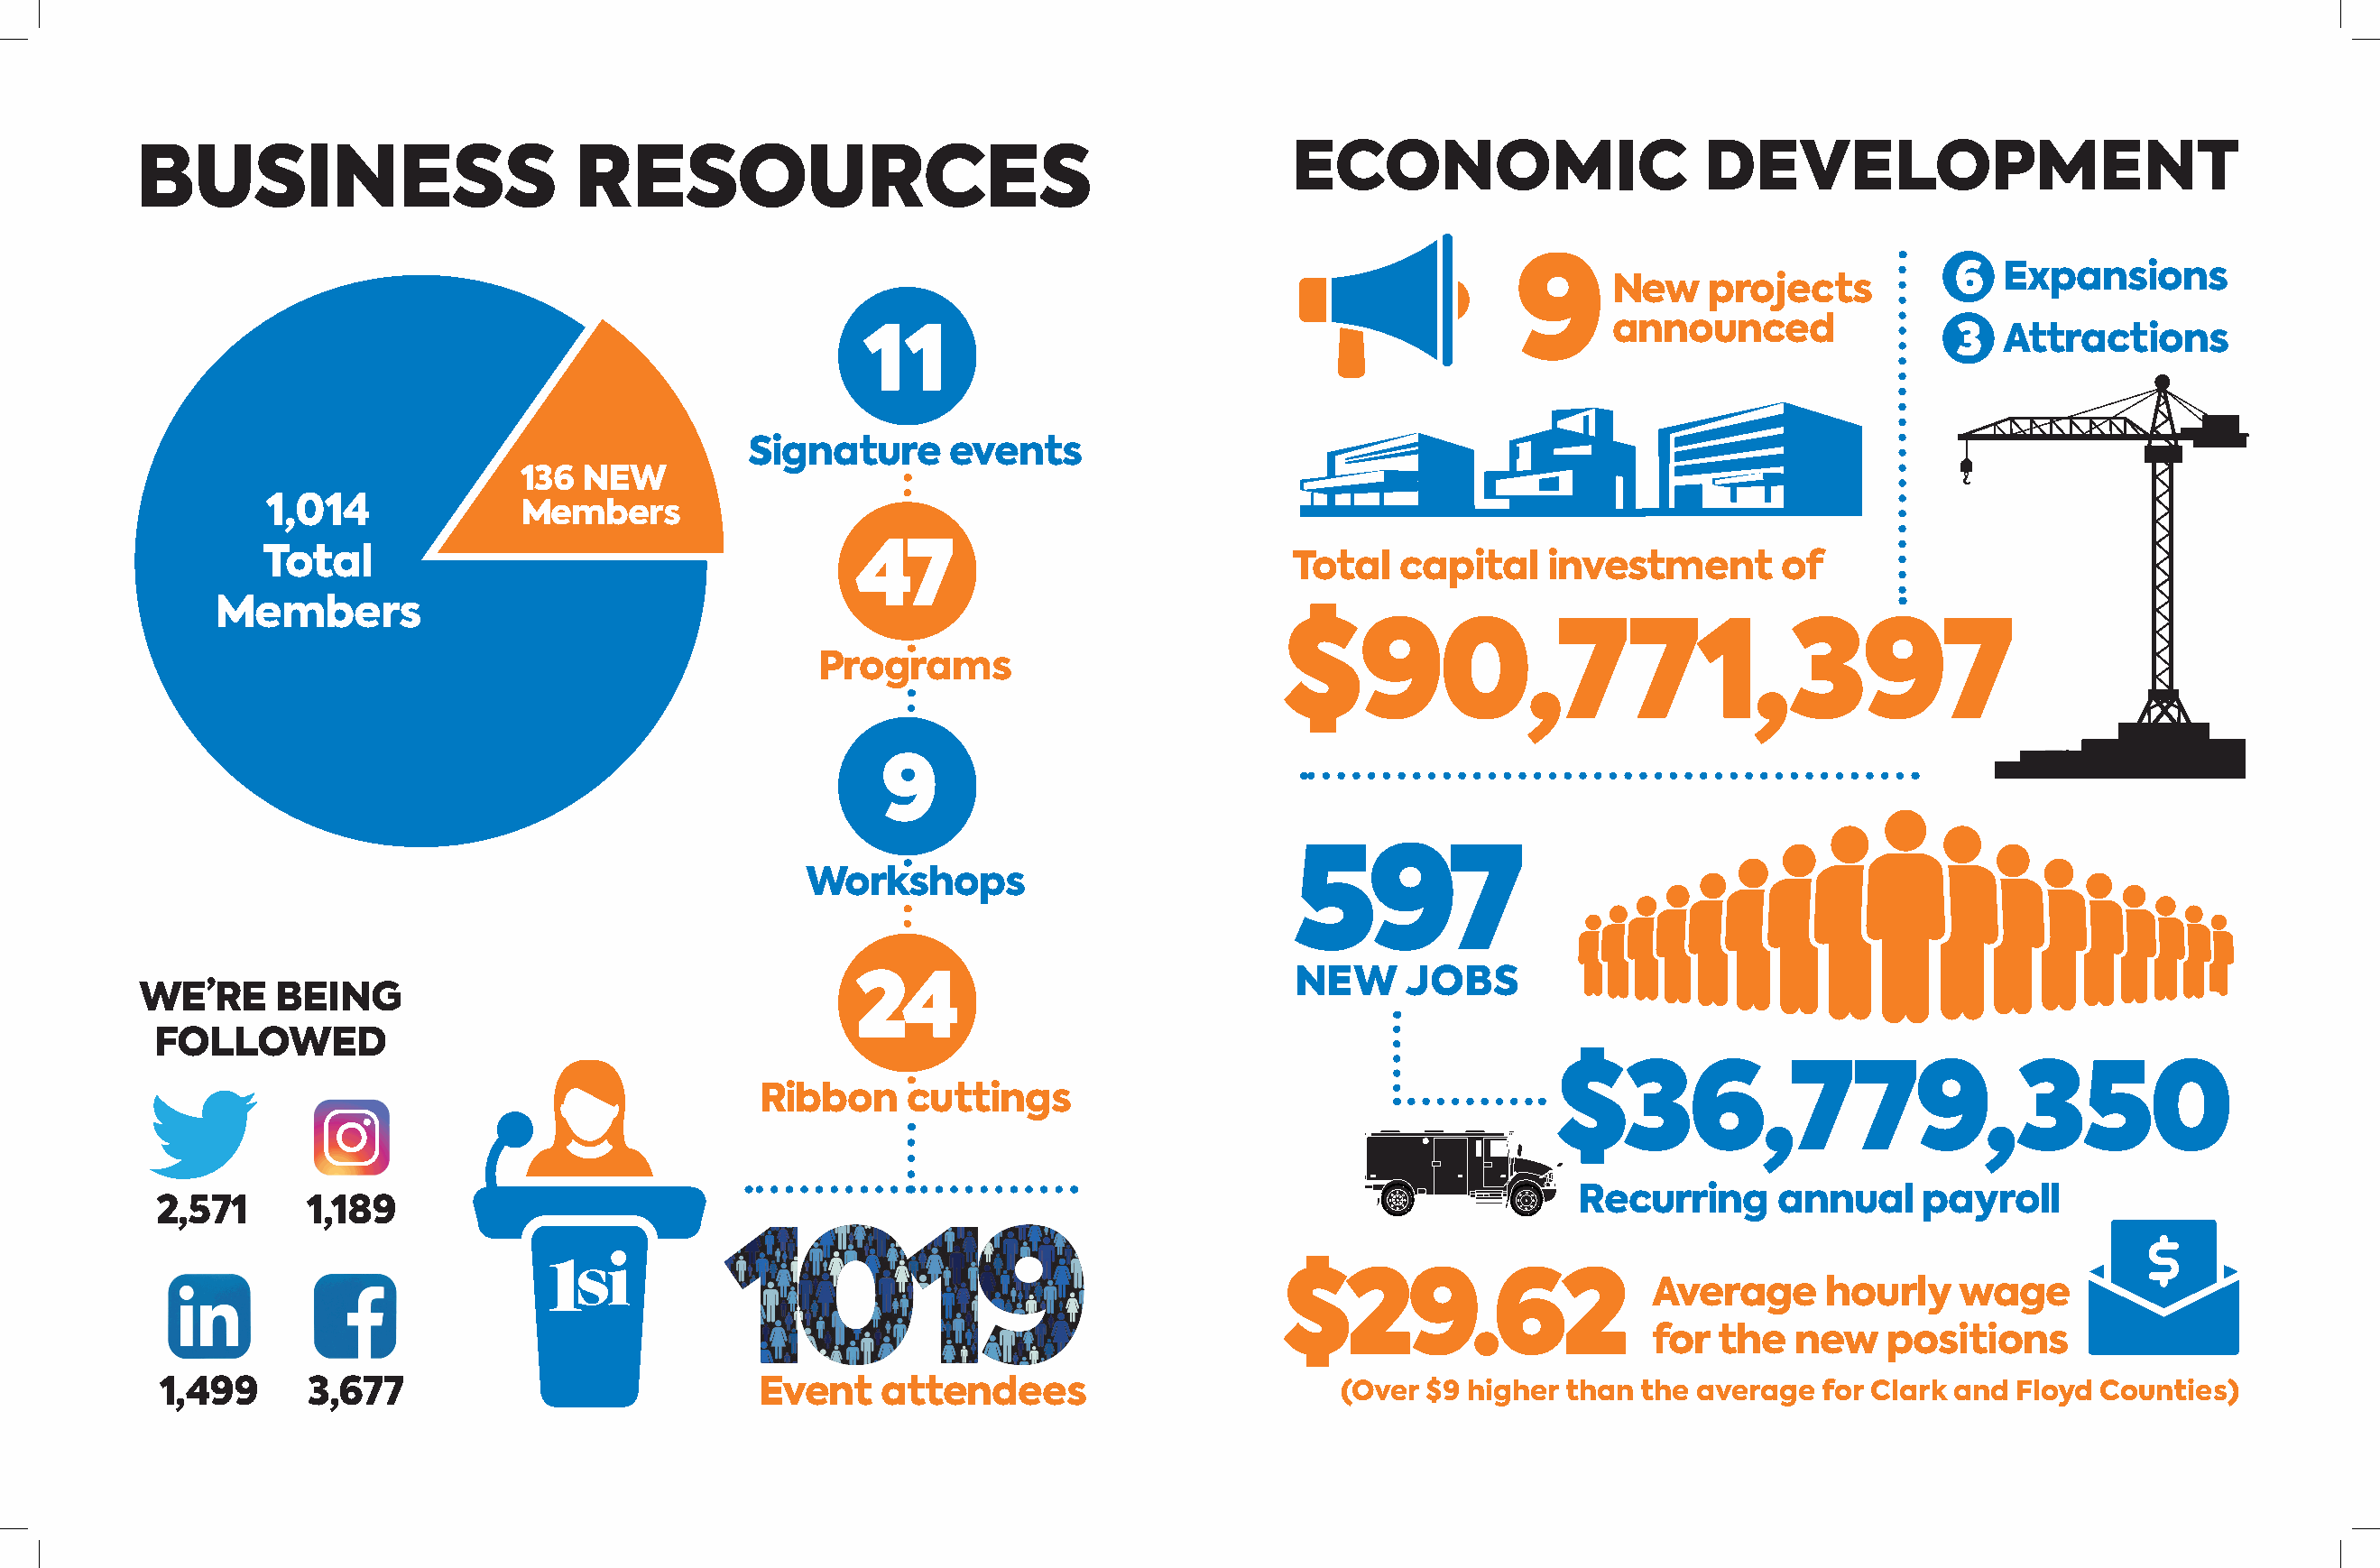
ECONOMIC                      DEVELOPMENT
 BUSINESS                        RESOURCES
 6   Expansions
 9      New    projects
 announced
 3  Attractions
 11
 Signature      events
 136  NEW
 1,014             Members
 Total                                       47                              Total   capital    investment       of
 Members
 $90,771,397
 Programs
 9
 597
 Workshops
 NEW     JOBS
 WE’RE     BEING                                      24
 FOLLOWED
 $36,779,350
 Ribbon     cuttings
 Recurring     annual     payroll
 2,571      1,189
 $29.62                     Average      hourly    wage
 for  the   new   positions
 1,499      3,677                            Event    attendees                        (Over  $9 higher than the average   for Clark and Floyd Counties)